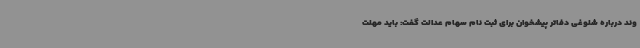
وند درباره شلوغی دفاتر پیشخوان برای ثبت نام سهام عدالت گفت: باید مهلت